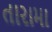
તારામા